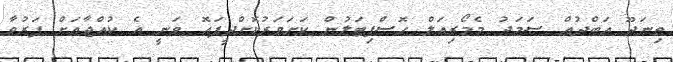
ތިނަދޫ އަބްދުއް ސަމަދު މެމޯރިއަލް ހޮސްޕިޓަލުން ކަށަވަރުކޮށްދީފައޮ ވަނީ އެ ކުއްޖާއަށް ފަރުވާ